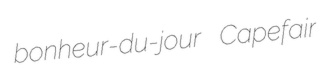
bonheur-du-jour Capefair